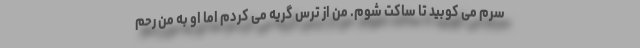
سرم می کوبید تا ساکت شوم. من از ترس گریه می کردم اما او به من رحم